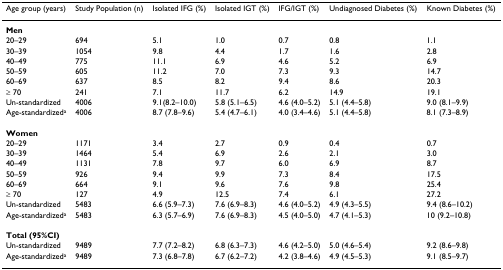
<table><thead><tr><td><b>Age group (years)</b></td><td><b>Study Population (n)</b></td><td><b>Isolated IFG (%)</b></td><td><b>Isolated IGT (%)</b></td><td><b>IFG/IGT (%)</b></td><td><b>Undiagnosed Diabetes (%)</b></td><td><b>Known Diabetes (%)</b></td></tr></thead><tbody><tr><td><b>Men</b></td><td>[EMPTY_CELL]</td><td>[EMPTY_CELL]</td><td>[EMPTY_CELL]</td><td>[EMPTY_CELL]</td><td>[EMPTY_CELL]</td><td>[EMPTY_CELL]</td></tr><tr><td>20–29</td><td>694</td><td>5.1</td><td>1.0</td><td>0.7</td><td>0.8</td><td>1.1</td></tr><tr><td>30–39</td><td>1054</td><td>9.8</td><td>4.4</td><td>1.7</td><td>1.6</td><td>2.8</td></tr><tr><td>40–49</td><td>775</td><td>11.1</td><td>6.9</td><td>4.6</td><td>5.2</td><td>6.9</td></tr><tr><td>50–59</td><td>605</td><td>11.2</td><td>7.0</td><td>7.3</td><td>9.3</td><td>14.7</td></tr><tr><td>60–69</td><td>637</td><td>8.5</td><td>8.2</td><td>9.4</td><td>8.6</td><td>20.3</td></tr><tr><td>≥ 70</td><td>241</td><td>7.1</td><td>11.7</td><td>6.2</td><td>14.9</td><td>19.1</td></tr><tr><td>Un-standardized</td><td>4006</td><td>9.1(8.2–10.0)</td><td>5.8 (5.1–6.5)</td><td>4.6 (4.0–5.2)</td><td>5.1 (4.4–5.8)</td><td>9.0 (8.1–9.9)</td></tr><tr><td>Age-standardized<sup>a</sup></td><td>4006</td><td>8.7 (7.8–9.6)</td><td>5.4 (4.7–6.1)</td><td>4.0 (3.4–4.6)</td><td>5.1 (4.4–5.8)</td><td>8.1 (7.3–8.9)</td></tr><tr><td><b>Women</b></td><td>[EMPTY_CELL]</td><td>[EMPTY_CELL]</td><td>[EMPTY_CELL]</td><td>[EMPTY_CELL]</td><td>[EMPTY_CELL]</td><td>[EMPTY_CELL]</td></tr><tr><td>20–29</td><td>1171</td><td>3.4</td><td>2.7</td><td>0.9</td><td>0.4</td><td>0.7</td></tr><tr><td>30–39</td><td>1464</td><td>5.4</td><td>6.9</td><td>2.6</td><td>2.1</td><td>3.0</td></tr><tr><td>40–49</td><td>1131</td><td>7.8</td><td>9.7</td><td>6.0</td><td>6.9</td><td>8.7</td></tr><tr><td>50–59</td><td>926</td><td>9.4</td><td>9.9</td><td>7.3</td><td>8.4</td><td>17.5</td></tr><tr><td>60–69</td><td>664</td><td>9.1</td><td>9.6</td><td>7.6</td><td>9.8</td><td>25.4</td></tr><tr><td>≥ 70</td><td>127</td><td>4.9</td><td>12.5</td><td>7.4</td><td>6.1</td><td>27.2</td></tr><tr><td>Un-standardized</td><td>5483</td><td>6.6 (5.9–7.3)</td><td>7.6 (6.9–8.3)</td><td>4.6 (4.0–5.2)</td><td>4.9 (4.3–5.5)</td><td>9.4 (8.6–10.2)</td></tr><tr><td>Age-standardized<sup>a</sup></td><td>5483</td><td>6.3 (5.7–6.9)</td><td>7.6 (6.9–8.3)</td><td>4.5 (4.0–5.0)</td><td>4.7 (4.1–5.3)</td><td>10 (9.2–10.8)</td></tr><tr><td><b>Total (95%CI)</b></td><td>[EMPTY_CELL]</td><td>[EMPTY_CELL]</td><td>[EMPTY_CELL]</td><td>[EMPTY_CELL]</td><td>[EMPTY_CELL]</td><td>[EMPTY_CELL]</td></tr><tr><td>Un-standardized</td><td>9489</td><td>7.7 (7.2–8.2)</td><td>6.8 (6.3–7.3)</td><td>4.6 (4.2–5.0)</td><td>5.0 (4.6–5.4)</td><td>9.2 (8.6–9.8)</td></tr><tr><td>Age-standardized<sup>a</sup></td><td>9489</td><td>7.3 (6.8–7.8)</td><td>6.7 (6.2–7.2)</td><td>4.2 (3.8–4.6)</td><td>4.9 (4.5–5.3)</td><td>9.1 (8.5–9.7)</td></tr></tbody></table>